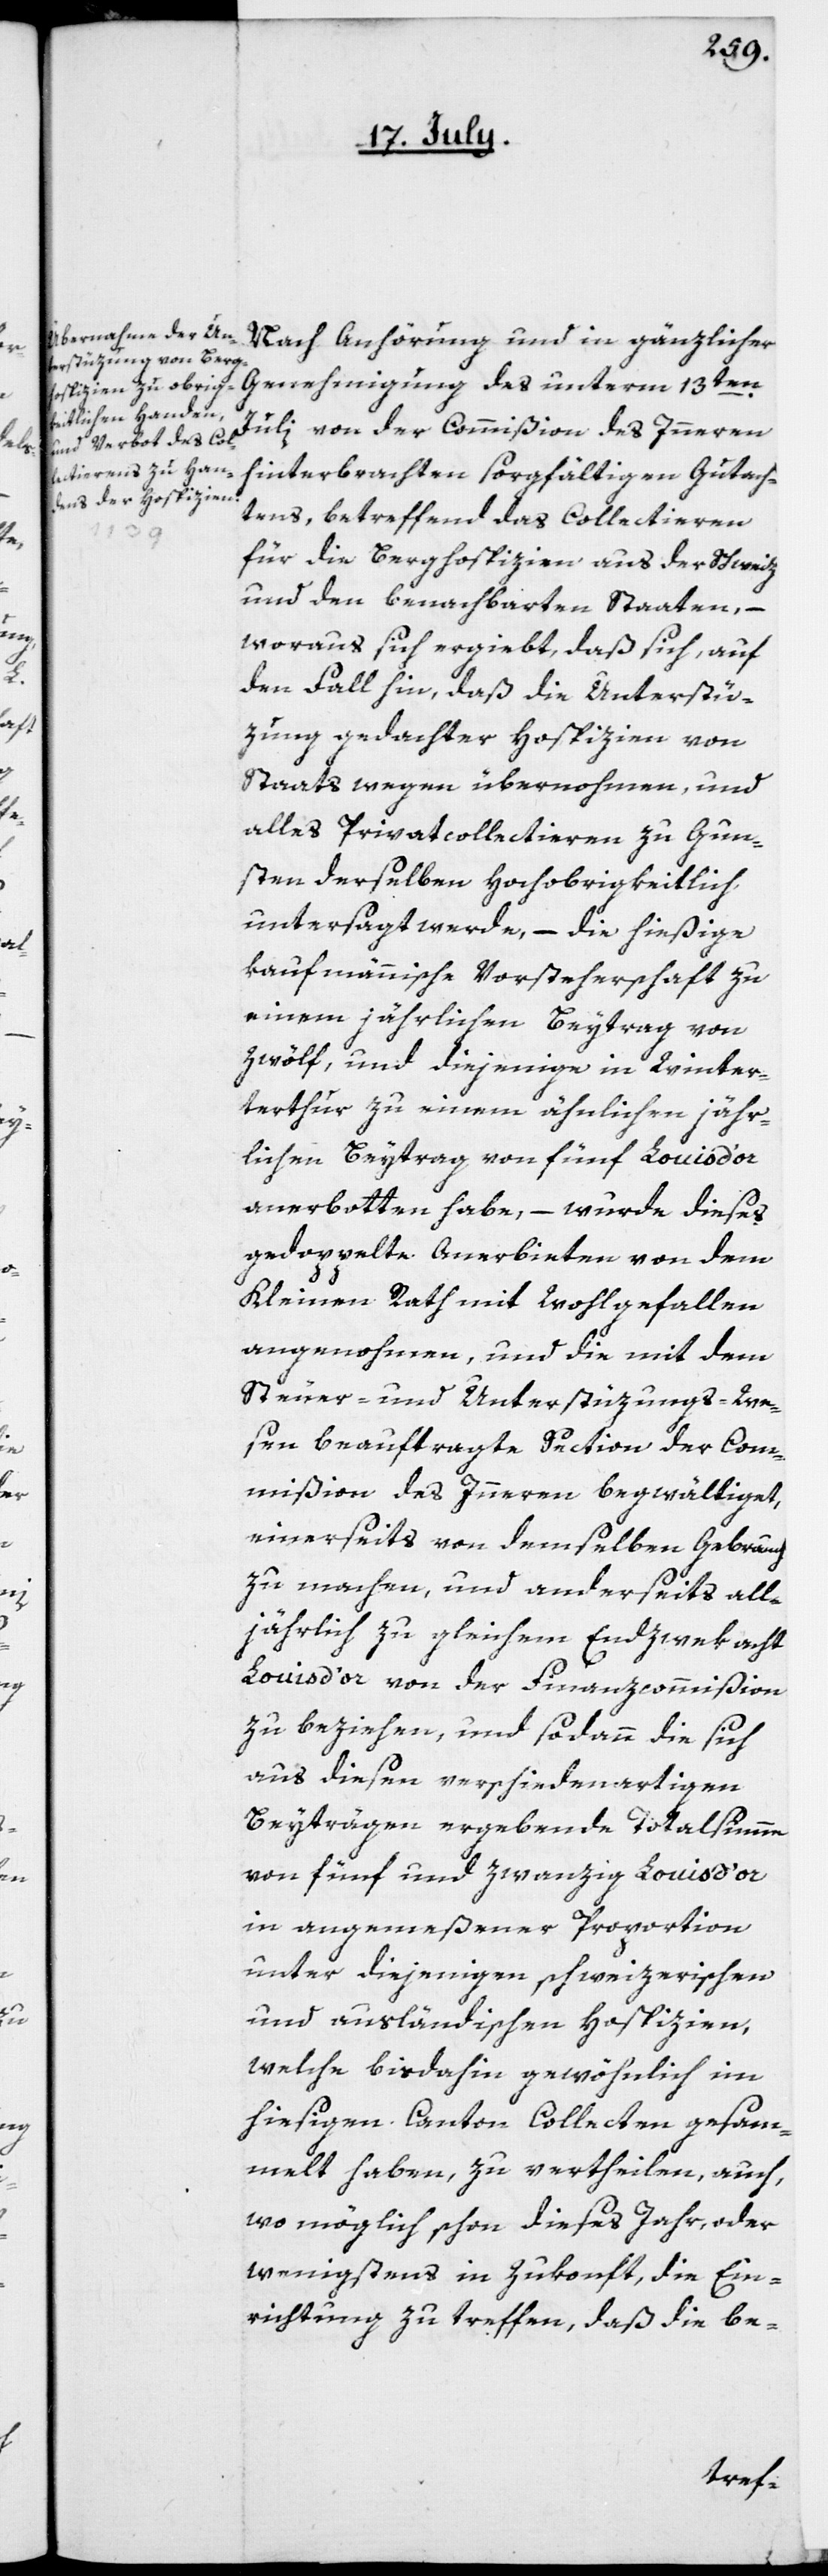
Nach Anhörung und in gänzlicher
Genehmigung des unterm 13ten
Julii von der Commißion des Inneren
hinterbrachten sorgfältigen Gutach¬
tens, betreffend das Collectieren
für die Berghospizien aus der Schweiz
und den benachbarten Staaten, –
woraus sich ergiebt, daß sich, auf
den Fall hin, daß die Unterstü¬
zung gedachter Hospizien von
Staats wegen übernohmen, und
alles Privatcollectieren zu Gun¬
sten derselben Hochobrigkeitlich
untersagt werde, – die hießige
kaufmännische Vorsteherschaft zu
einem jährlichen Beytrag von
zwölf, und diejenige in Win¬
terthur zu einem ähnlichen jähr¬
lichen Beytrag von fünf Louis d’or
anerbotten habe, – wurde dieses
gedoppelte Anerbieten von dem
Kleinen Rath mit Wohlgefallen
angenohmen, und die mit dem
Steuer- und Unterstüzungs-We¬
sen beauftragte Section der Com¬
mißion des Innern begwältiget,
einerseits von demselben Gebrauch
zu machen, und anderseits all¬
jährlich zu gleichem Endzwek acht
Louis d’or von der Finanzcommißion
zu beziehen, und sodann die sich
aus diesen verschiedenartigen
Beyträgen ergebende Totalsumme
von fünf und zwanzig Louis d’or
in angemeßener Proportion
unter diejenigen schweizerischen
und ausländischen Hospizien,
welche bis dahin gewöhnlich im
hiesigen Canton Collecten gesam¬
melt haben, zu vertheilen, auch,
wo möglich schon dieses Jahr, oder
wenigstens in Zukonft, die Ein¬
richtung zu treffen, daß die be-